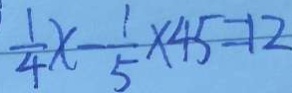
\frac { 1 } { 4 } x - \frac { 1 } { 5 } \times 4 5 = 1 2